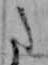
た